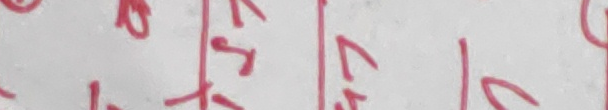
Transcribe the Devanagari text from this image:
२१४५९ ७८५ १६४५०